Civil Veterinary Dept. Bombay admin report 1900-1906 - 1900-1906
Year: 1900
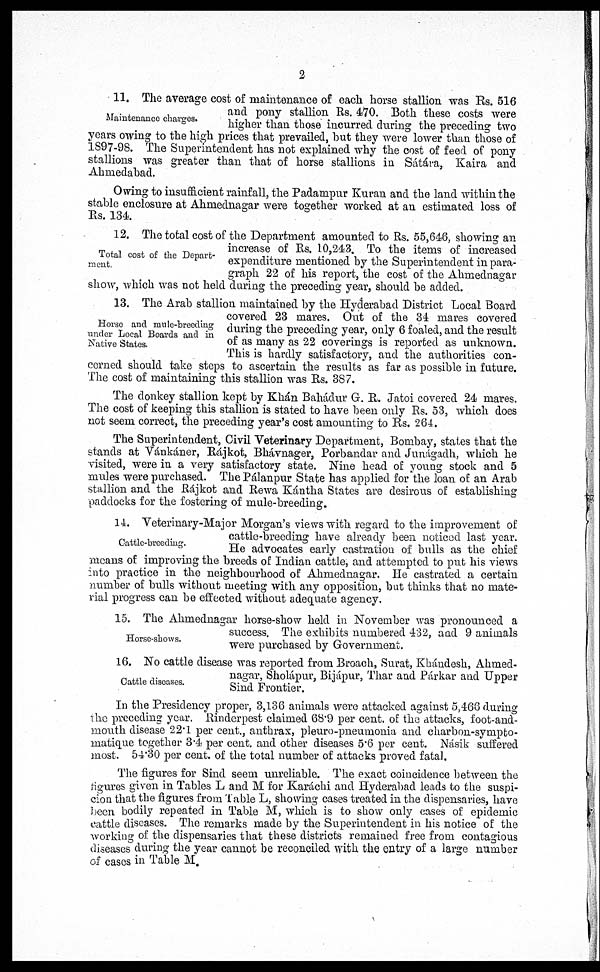
2
Maintenance charges.
11. The average cost of maintenance of each horse stallion was Rs. 516
and pony stallion Rs. 470. Both these costs were
higher than those incurred during the preceding two
years owing to the high prices that prevailed, but they were lower than those of
1897-98. The Superintendent has not explained why the cost of feed of pony
stallions was greater than that of horse stallions in Sátára, Kaira and
Ahmedabad.
Owing to insufficient rainfall, the Padampur Kuran and the land within the
stable enclosure at Ahmednagar were together worked at an estimated loss of
Rs. 134.
Total cost of the Depart-
ment.
12. The total cost of the Department amounted to Rs. 55,646, showing an
increase of Rs. 10,243. To the items of increased
expenditure mentioned by the Superintendent in para-
graph 22 of his report, the cost of the Ahmednagar
show, which was not held during the preceding year, should be added.
Horse and mule-breeding
under Local Boards and in
Native States.
13. The Arab stallion maintained by the Hyderabad District Local Board
covered 23 mares. Out of the 34 mares covered
during the preceding year, only 6 foaled, and the result
of as many as 22 coverings is reported as unknown.
This is hardly satisfactory, and the authorities con-
cerned should take steps to ascertain the results as far as possible in future.
The cost of maintaining this stallion was Rs. 387.
The donkey stallion kept by Khán Bahádur G. R. Jatoi covered 24 mares.
The cost of keeping this stallion is stated to have been only Rs. 53, which does
not seem correct, the preceding year's cost amounting to Rs. 264.
The Superintendent, Civil Veterinary Department, Bombay, states that the
stands at Vánkáner, Rájkot, Bhávnager, Porbandar and Junágadh, which he
visited, were in a very satisfactory state. Nine head of young stock and 5
mules were purchased. The Pálanpur State has applied for the loan of an Arab
stallion and the Rájkot and Rewa Kántha States are desirous of establishing
paddocks for the fostering of mule-breeding.
Cattle-breeding.
14. Veterinary-Major Morgan's views with regard to the improvement of
cattle-breeding have already been noticed last year.
He advocates early castration of bulls as the chief
means of improving the breeds of Indian cattle, and attempted to put his views
into practice in the neighbourhood of Ahmednagar. He castrated a certain
number of bulls without meeting with any opposition, but thinks that no mate-
rial progress can be effected without adequate agency.
Horse-shows.
15. The Ahmednagar horse-show held in November was pronounced a
success. The exhibits numbered 432, and 9 animals
were purchased by Government.
Cattle diseases.
16. No cattle disease was reported from Broach, Surat, Khándesh, Ahmed-
nagar, Sholápur, Bijápur, Thar and Párkar and Upper
Sind Frontier.
In the Presidency proper, 3,136 animals were attacked against 5,466 during
the preceding year. Rinderpest claimed 68.9 per cent. of the attacks, foot-and¬
mouth disease 22.1 per cent., anthrax, pleuro-pneumonia and charbon-sympto¬
matique together 3.4 per cent. and other diseases 5.6 per cent. Násik suffered
most. 54.30 per cent. of the total number of attacks proved fatal.
The figures for Sind seem unreliable. The exact coincidence between the
figures given in Tables L and M for Karáchi and Hyderabad leads to the suspi-
cion that the figures from Table L, showing cases treated in the dispensaries, have
been bodily repeated in Table M, which is to show only cases of epidemic
cattle diseases. The remarks made by the Superintendent in his notice of the
working of the dispensaries that these districts remained free from contagious
diseases during the year cannot be reconciled with the entry of a large number
of cases in Table M.